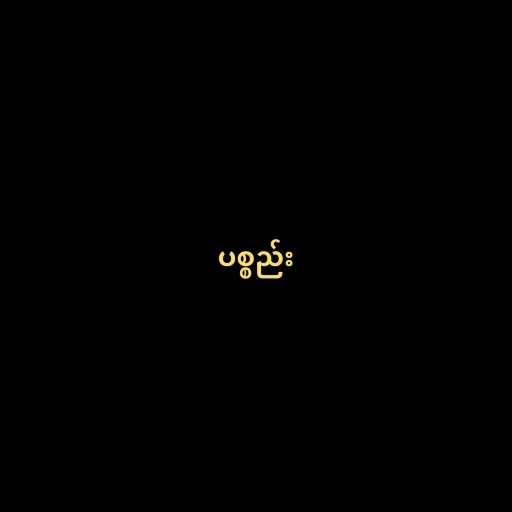
ပစ္စည်း